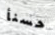
حسنأ